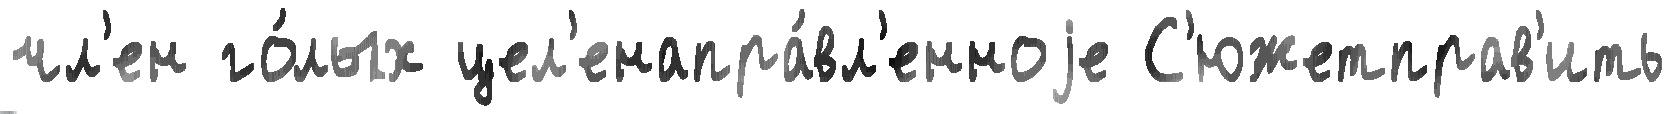
чл'ен го́лых цел'енапра́вл'енноjе С'южетправ'ить